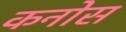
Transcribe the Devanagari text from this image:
कनोस